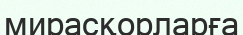
мирасқорларға